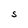
Character: S